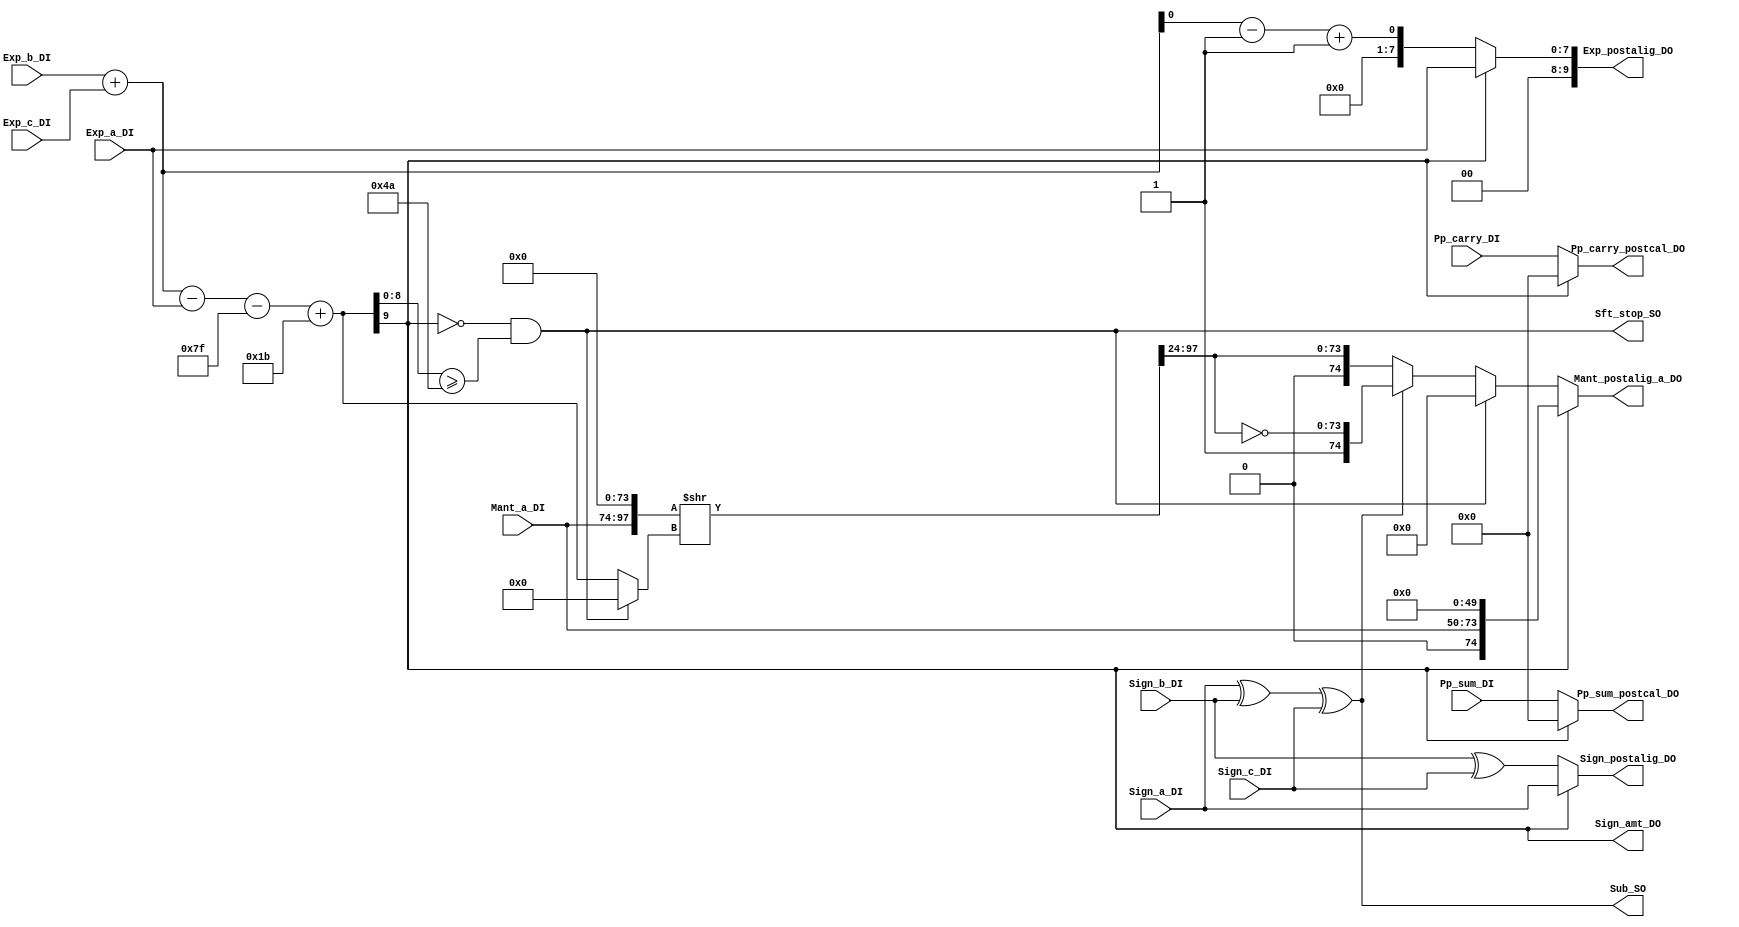
module aligner (
	Exp_a_DI,
	Exp_b_DI,
	Exp_c_DI,
	Mant_a_DI,
	Sign_a_DI,
	Sign_b_DI,
	Sign_c_DI,
	Pp_sum_DI,
	Pp_carry_DI,
	Sub_SO,
	Mant_postalig_a_DO,
	Exp_postalig_DO,
	Sign_postalig_DO,
	Sign_amt_DO,
	Sft_stop_SO,
	Pp_sum_postcal_DO,
	Pp_carry_postcal_DO
);
parameter C_RM            = 2;
parameter C_RM_NEAREST    = 2'h0;
parameter C_RM_TRUNC      = 2'h1;
parameter C_RM_PLUSINF    = 2'h2;
parameter C_RM_MINUSINF   = 2'h3;
parameter C_PC            = 5;
parameter C_OP            = 32;
parameter C_MANT          = 23;
parameter C_EXP           = 8;
parameter C_BIAS          = 127;
parameter C_HALF_BIAS     = 63;
parameter C_LEADONE_WIDTH = 7;
parameter C_MANT_PRENORM  = C_MANT+1;
parameter C_EXP_ZERO      = 8'h00;
parameter C_EXP_ONE       = 8'h01;
parameter C_EXP_INF       = 8'hff;
parameter C_MANT_ZERO     = 23'h0;
parameter C_MANT_NAN      = 23'h400000;
	input wire [C_EXP - 1:0] Exp_a_DI;
	input wire [C_EXP - 1:0] Exp_b_DI;
	input wire [C_EXP - 1:0] Exp_c_DI;
	input wire [C_MANT:0] Mant_a_DI;
	input wire Sign_a_DI;
	input wire Sign_b_DI;
	input wire Sign_c_DI;
	input wire [(2 * C_MANT) + 2:0] Pp_sum_DI;
	input wire [(2 * C_MANT) + 2:0] Pp_carry_DI;
	output wire Sub_SO;
	output wire [74:0] Mant_postalig_a_DO;
	output wire [C_EXP + 1:0] Exp_postalig_DO;
	output wire Sign_postalig_DO;
	output wire Sign_amt_DO;
	output wire Sft_stop_SO;
	output wire [(2 * C_MANT) + 2:0] Pp_sum_postcal_DO;
	output wire [(2 * C_MANT) + 2:0] Pp_carry_postcal_DO;
	wire [C_EXP + 1:0] Exp_dif_D;
	wire [C_EXP + 1:0] Sft_amt_D;
	assign Sub_SO = (Sign_a_DI ^ Sign_b_DI) ^ Sign_c_DI;
	assign Exp_dif_D = ((Exp_a_DI - Exp_b_DI) - Exp_c_DI) + C_BIAS;
	assign Sft_amt_D = (((Exp_b_DI + Exp_c_DI) - Exp_a_DI) - C_BIAS) + 27;
	assign Sign_amt_DO = Sft_amt_D[C_EXP + 1];
	wire Sft_stop_S;
	assign Sft_stop_S = ~Sft_amt_D[C_EXP + 1] && (Sft_amt_D[C_EXP:0] >= 74);
	assign Sft_stop_SO = Sft_stop_S;
	function automatic [0:0] sv2v_cast_1;
		input reg [0:0] inp;
		sv2v_cast_1 = inp;
	endfunction
	assign Exp_postalig_DO = (Sft_amt_D[C_EXP + 1] ? Exp_a_DI : {sv2v_cast_1(((Exp_b_DI + Exp_c_DI) - C_BIAS) + 27)});
	wire [73:0] Mant_postalig_a_D;
	wire [C_MANT:0] Bit_sftout_D;
	assign {Mant_postalig_a_D, Bit_sftout_D} = {Mant_a_DI, 74'h0000000000000000000} >> {(Sft_stop_S ? 0 : Sft_amt_D)};
	assign Mant_postalig_a_DO = (Sft_amt_D[C_EXP + 1] ? {1'b0, Mant_a_DI, 50'h0000000000000} : {(Sft_stop_S ? 75'h0000000000000000000 : {(Sub_SO ? {1'b1, ~Mant_postalig_a_D} : {1'b0, Mant_postalig_a_D})})});
	assign Sign_postalig_DO = (Sft_amt_D[C_EXP + 1] ? Sign_a_DI : Sign_b_DI ^ Sign_c_DI);
	assign Pp_sum_postcal_DO = (Sft_amt_D[C_EXP + 1] ? {(((2 * C_MANT) + 2) >= 0 ? (2 * C_MANT) + 3 : 1 - ((2 * C_MANT) + 2)) {1'sb0}} : Pp_sum_DI);
	assign Pp_carry_postcal_DO = (Sft_amt_D[C_EXP + 1] ? {(((2 * C_MANT) + 2) >= 0 ? (2 * C_MANT) + 3 : 1 - ((2 * C_MANT) + 2)) {1'sb0}} : Pp_carry_DI);
endmodule